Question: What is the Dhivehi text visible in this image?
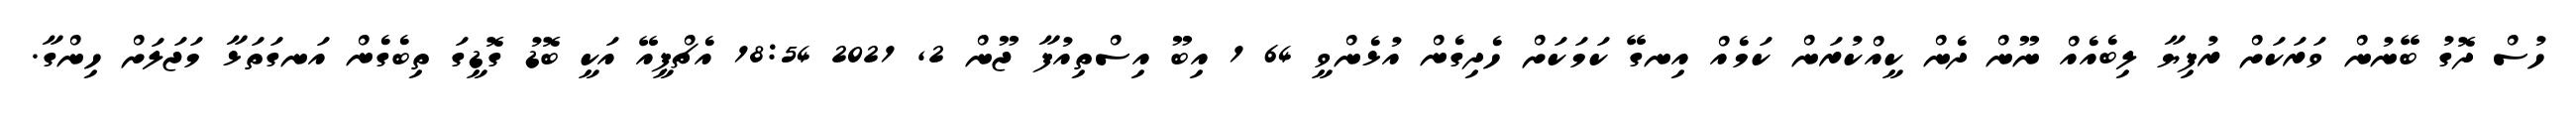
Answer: ހުސް ދޮގު ބޭނުން ވަރަކަށް ރުފިޔާ ލިބެއެއް ނޫން ދެން ކީއްކުރަން ކަމެއް އިނގޭ ކަމަކަށް ހެދިގެން އުޅެންވީ 64 1 އިބޫ އިސްތިއުފާ ޖޫން 2, 2021 18:54 އެޗްޕީއޭ އަކީ ބޮޑު ގޮޑީގަ ތިބެގެން އަނގަތަޅާ މަޖަލަށް ހިންގާ.